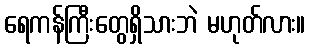
ရေကန်ကြီးတွေရှိသားဘဲ မဟုတ်လား။